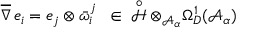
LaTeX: \overline { { { \nabla } } } \, e _ { i } = e _ { j } \otimes \bar { \omega } _ { i } ^ { j } \ \, \in \; \displaystyle \mathop { { \mathcal H } } ^ { \circ } \otimes _ { { \mathcal A } _ { \alpha } } \Omega _ { D } ^ { 1 } ( { \mathcal A } _ { \alpha } )